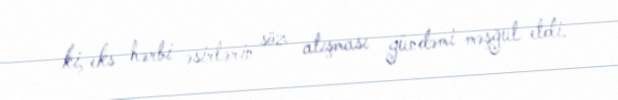
ki, eks hərbi əsirlərin söz atışması gündəmi məşğul etdi.